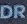
DR